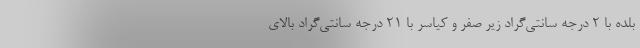
بلده با ۲ درجه سانتی‌گراد زیر صفر و کیاسر با ۲۱ درجه سانتی‌گراد بالای